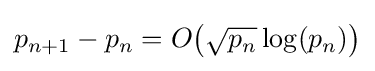
p_{n+1}-p_{n}=O{\big (}{\sqrt {p_{n}}}\log(p_{n}){\big )}